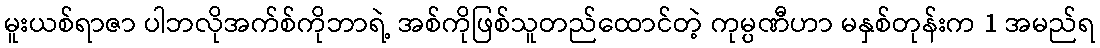
မူးယစ်ရာဇာ ပါဘလိုအက်စ်ကိုဘာရဲ့ အစ်ကိုဖြစ်သူတည်ထောင်တဲ့ ကုမ္ပဏီဟာ မနှစ်တုန်းက 1 အမည်ရ